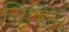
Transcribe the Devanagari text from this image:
सिद्धिम्।